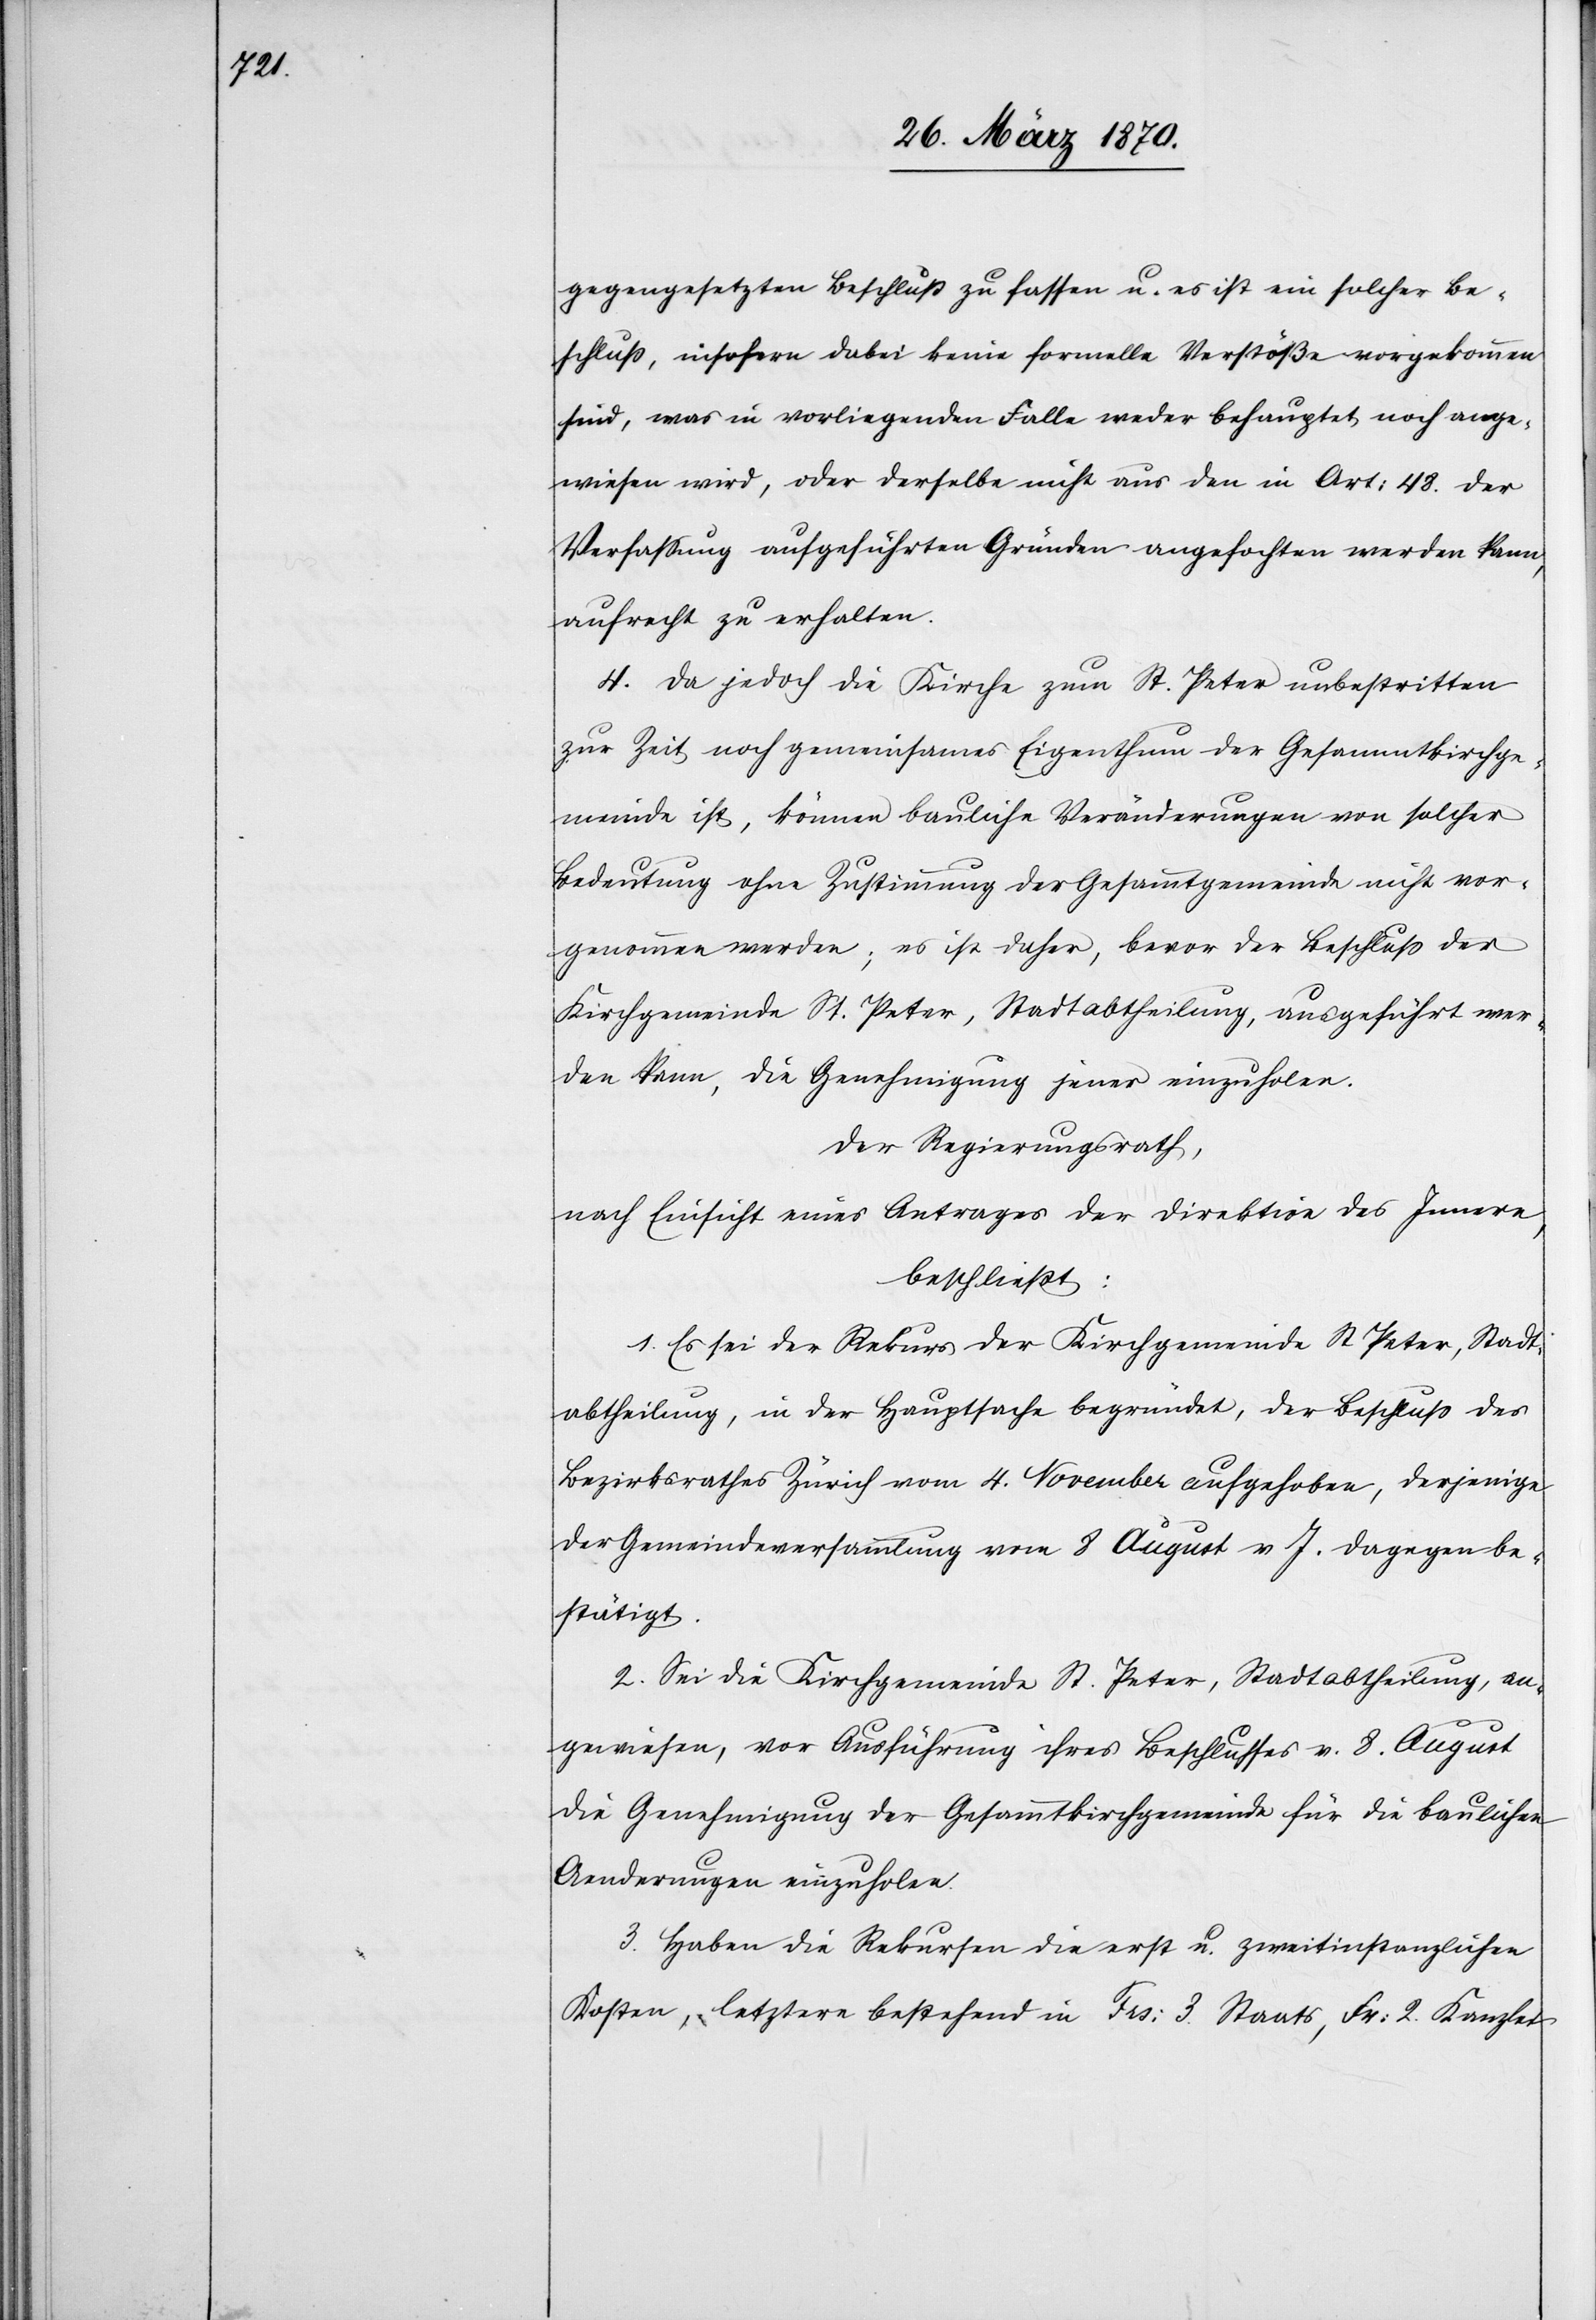
gegengesetzten Beschluß zu fassen u. es ist ein solcher Be¬
schluß, insofern dabei keine formelle Verstöße vorgekommen
sind, was in [sic!] vorliegenden Falle weder behauptet noch ange¬
wiesen wird, oder derselbe nicht aus den in Art: 48. der
Verfassung aufgeführten Gründen angefochten werden kann,
aufrecht zu erhalten.
4. Da jedoch die Kirche zum St. Peter unbestritten
zur Zeit noch gemeinsames Eigenthum der Gesammtkirchge¬
meinde ist, können bauliche Veränderungen von solcher
Bedeutung ohne Zustimmung der Gesammtgemeinde nicht vor¬
genommen werden; es ist daher, bevor der Beschluß der
Kirchgemeinde St. Peter, Stadtabtheilung, ausgeführt wer¬
den kann, die Genehmigung jener einzuholen.
Der Regierungsrath,
nach Einsicht eines Antrages der Direktion des Innern,
beschließt:
1. Es sei der Rekurs der Kirchgemeinde St Peter, Stadt¬
abtheilung, in der Hauptsache begründet, der Beschluß des
Bezirksrathes Zürich vom 4. November aufgehoben, derjenige
der Gemeindeversammlung vom 8 August v J. dagegen be¬
stätigt.
2. Sei die Kirchgemeinde St. Peter, Stadtabtheilung, an¬
gewiesen, vor Ausführung ihres Beschlusses v. 8. August
die Genehmigung der Gesammtkirchgemeinde für die baulichen
Aenderungen einzuholen.
3. Haben die Rekursen die erst[-] u. zweitinstanzlichen
Kosten, letztere bestehend in Frs: 3. Staats[-], Fr: 2. Kanzlei[-]